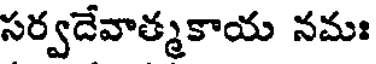
సర్వదేవాత్మకాయ నమః